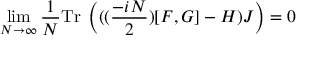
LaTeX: \operatorname * { l i m } _ { N \rightarrow \infty } \frac { 1 } { N } \mathrm { T r } \; \left( ( ( \frac { - i N } { 2 } ) [ F , G ] - H ) J \right) = 0